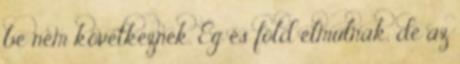
be nem következnek. Ég és föld elmúlnak, de az